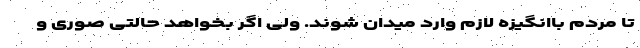
تا مردم باانگیزه لازم وارد میدان شوند. ولی اگر بخواهد حالتی صوری و